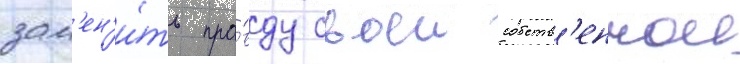
зам'ен'и́ть пра́вду своеи собств'еннои